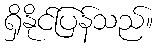
ရှိနိုင်ပြန်သည်။